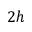
2 h